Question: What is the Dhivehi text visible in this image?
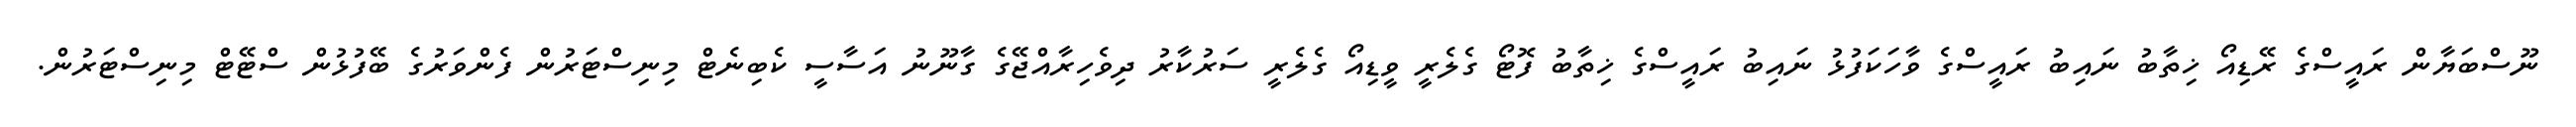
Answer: ނޫސްބަޔާން ރައީސްގެ ރޭޑިއޯ ޚިތާބު ނައިބު ރައީސްގެ ވާހަކަފުޅު ނައިބު ރައީސްގެ ޚިތާބު ފޮޓޯ ގެލެރީ ވީޑިއޯ ގެލެރީ ސަރުކާރު ދިވެހިރާއްޖޭގެ ގާނޫނު އަސާސީ ކެބިނެޓް މިނިސްޓަރުން ފެންވަރުގެ ބޭފުޅުން ސްޓޭޓް މިނިސްޓަރުން.